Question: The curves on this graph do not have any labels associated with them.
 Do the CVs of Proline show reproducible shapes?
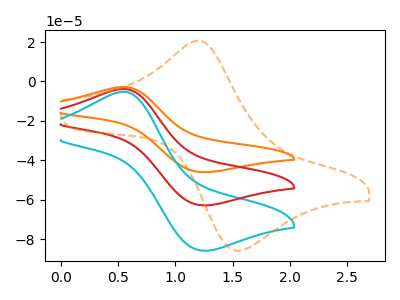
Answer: <think>The orange curve "orange" has an anodic peak at (0.55V, -7.70uA) and a cathodic peak at (1.25V, -125.80uA). The cyan curve "cyan" has an anodic peak at (0.55V, -5.25uA) and a cathodic peak at (1.25V, -85.90uA). The red curve "red" has an anodic peak at (0.55V, -3.85uA) and a cathodic peak at (1.25V, -62.90uA). The orange dashed curve "orange dashed" has an anodic peak at (1.20V, 20.70uA) and a cathodic peak at (1.55V, -85.80uA).
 All the peaks in "orange" have a peak in "cyan" at the same potential. All the peaks in "orange" have a peak in "red" at the same potential. "orange" and "orange dashed" have at least one peak that do not match. All the peaks in "cyan" have a peak in "red" at the same potential. "cyan" and "orange dashed" have at least one peak that do not match. "red" and "orange dashed" have at least one peak that do not match.</think>
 <answer>All the CV's of "Proline" have similar shape.</answer>
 <eval>follow_rule</eval>